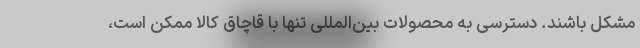
مشکل باشند. دسترسی به محصولات بین‌المللی تنها با قاچاق کالا ممکن است،